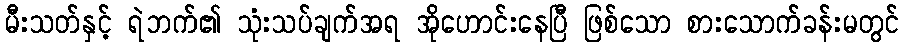
မီးသတ်နှင့် ရဲဘက်၏ သုံးသပ်ချက်အရ အိုဟောင်းနေပြီ ဖြစ်သော စားသောက်ခန်းမတွင်